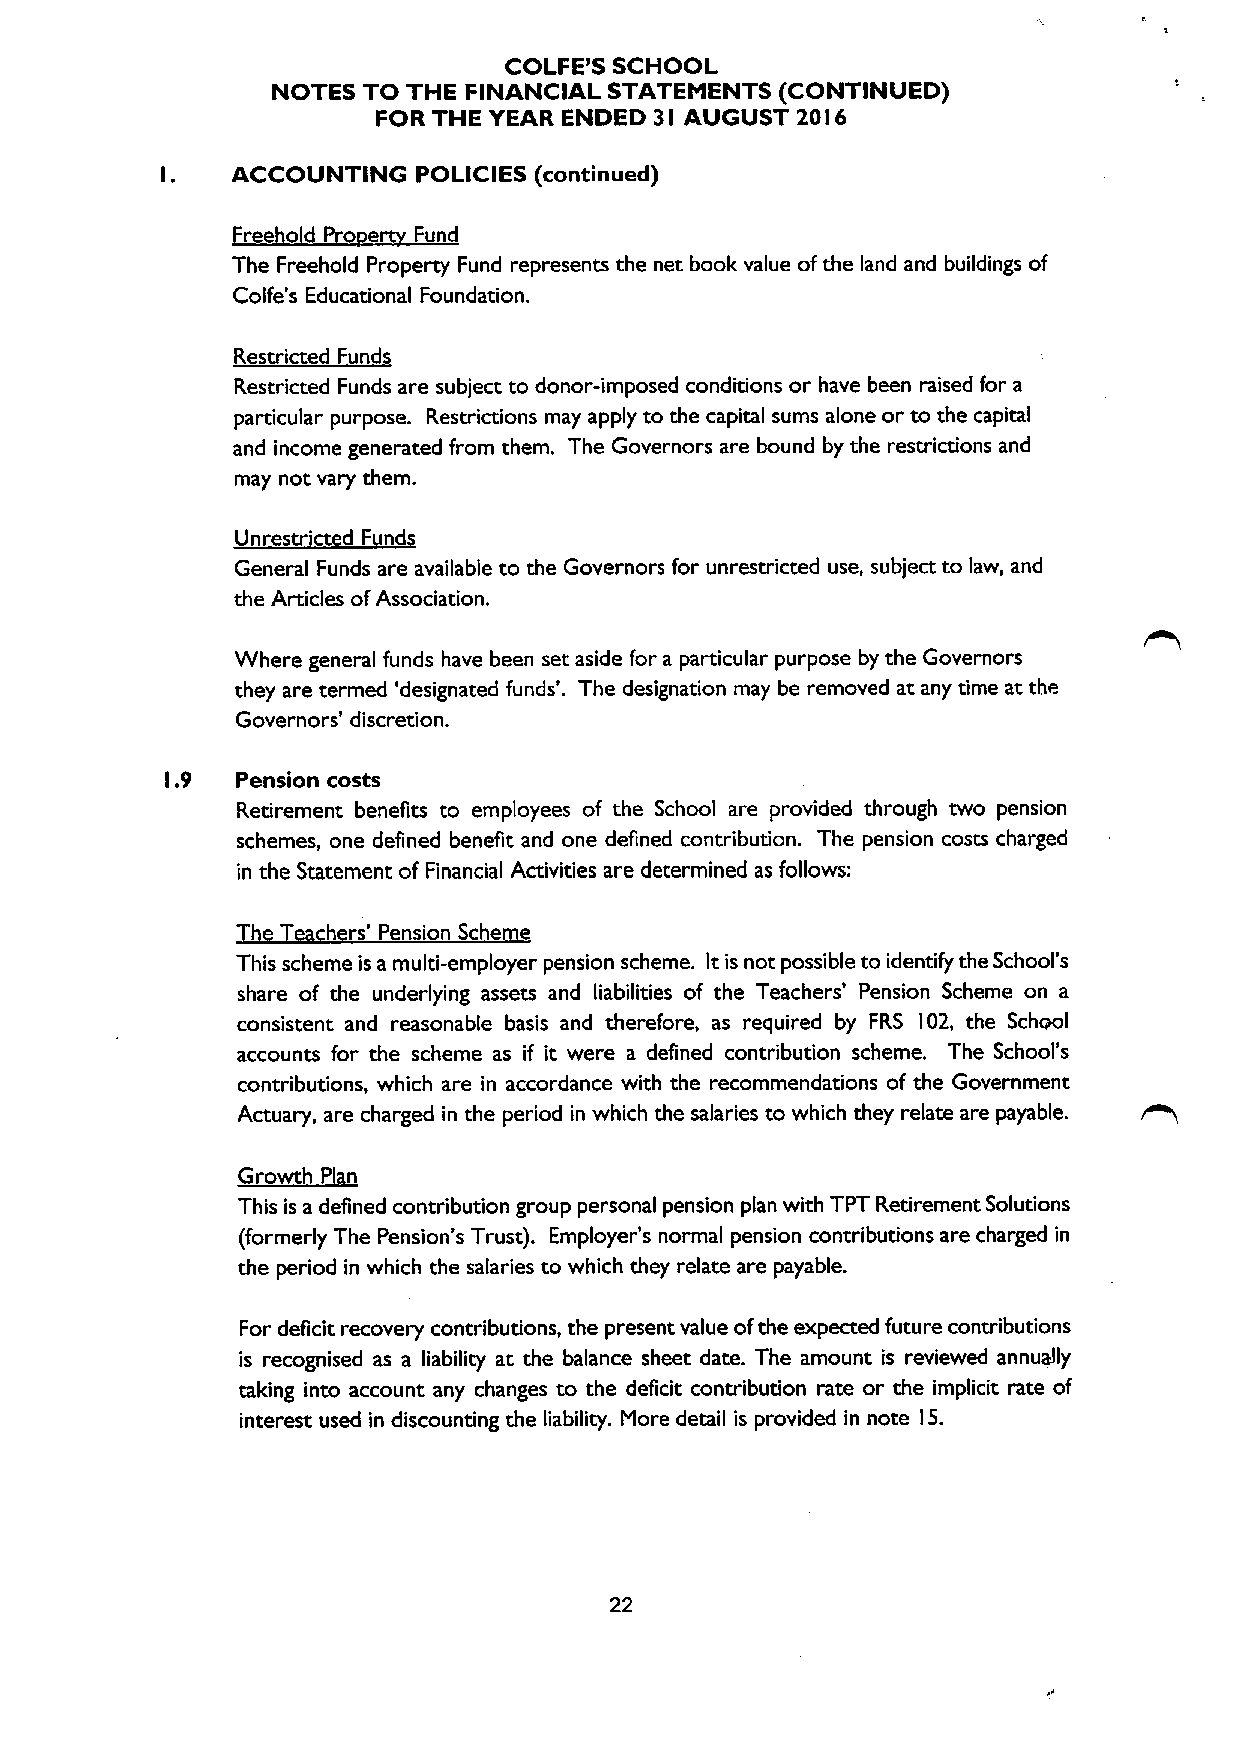
COLFE'S SCHOOL
 NOTES TO THE FINANCIAL STATEMENTS (CONTINUED)
 FOR THE YEAR ENDED 3 AUGUST 20 6
 I          I
 I.  ACCOUNTING   POLICIES (continued)
 ee o  o e Fund
 The Freehold Property Fund represents the net book value ofthe land and buildings of
 Colfe's Educational Foundation.
 Restricted Funds
 Restricted Funds are subject to donor-imposed conditions or have been raised for a
 particular purpose. Restrictions may apply to the capital sums alone or to the capital
 and income generated from them. The Governors are bound by the restrictions and
 may not vary them.
 Unrestr'ct d F nd
 General Funds are available to the Governors for unrestricted use, subject to law, and
 the Articles ofAssociation.
 Where general funds have been set aside for a particular purpose by the Governors
 they are termed 'designated funds'. The designation may be removed at any time at the
 Governors' discretion,
 I.9  Pension costs
 Retirement benefits to employees of the School are provided through two pension
 schemes, one defined benefit and one defined contribution. The pension costs charged
 in the Statement of Financial Activities are determined as follows:
 h r ' Pension Sche e
 This scheme is a multi-employer pension scheme. Itis not possible to identify the School's
 share of the underlying assets and liabilities of the Teachers' Pension Scheme on a
 consistent and reasonable basis and therefore, as required by FRS I02, the School
 accounts for the scheme as if it were a defined contribution scheme. The School's
 contributions, which are in accordance with the recommendations of the Government
 Actuary, are charged in the period in which the salaries to which they relate are payable.
 ~Growth P n
 This is a defined contribution group personal pension plan with TPT Retirement Solutions
 (formerly The Pension's Trust). Employer's normal pension contributions are charged in
 the period in which the salaries to which they relate are payable.
 For deficit recovery contributions, the present value ofthe expected future contributions
 is recognised as a liability at the balance sheet date. The amount is reviewed annually
 taking into account any changes to the deficit contribution rate or the implicit rate of
 interest used in discounting the liability. More detail is provided in note I5.
 22